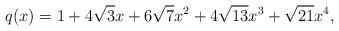
LaTeX: \begin{align*}q(x)=1+4 \sqrt{3}x+6\sqrt{7}x^2+4\sqrt{13}x^3+\sqrt{21}x^4,\end{align*}